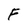
Character: F